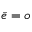
\bar { e } = o